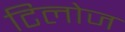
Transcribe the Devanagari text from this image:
टिलोज